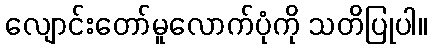
လျောင်းတော်မူလောက်ပုံကို သတိပြုပါ။